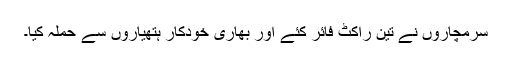
سرمچاروں نے تین راکٹ فائر کئے اور بھاری خودکار ہتھیاروں سے حملہ کیا۔